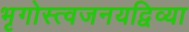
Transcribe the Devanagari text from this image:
भृगोस्त्वजनयद्विव्या